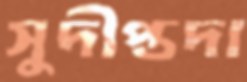
সুদীপ্তদা